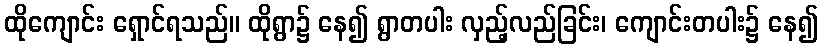
ထိုကျောင်း ရှောင်ရသည်။ ထိုရွာ၌ နေ၍ ရွာတပါး လှည့်လည်ခြင်း၊ ကျောင်းတပါး၌ နေ၍